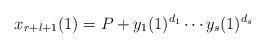
LaTeX: \begin{align*}x_{r+l+1}(1)=P+y_1(1)^{d_1}\cdots y_s(1)^{d_s}\end{align*}